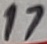
Text: 17